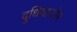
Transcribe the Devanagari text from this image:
दुधियाजोर